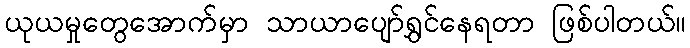
ယုယမှုတွေအောက်မှာ သာယာပျော်ရွှင်နေရတာ ဖြစ်ပါတယ်။